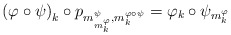
\begin{align*}\left(\varphi\circ\psi\right)_{k}\circ p_{m_{m_{k}^{\varphi}}^{\psi},m_{k}^{\varphi\circ\psi}}=\varphi_{k}\circ\psi_{m_{k}^{\varphi}}\end{align*}